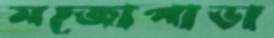
মজোপাড়া